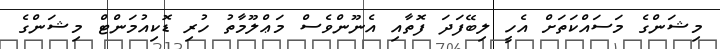
މިޝަންގެ މަސައްކަތަށް އެހީ ލިބޭފަދަ ފޮތާއި އެނޫންވެސް މަޢްލޫމާތު ހުރި ޑޮކިއުމަންޓް މިޝަންގެ